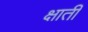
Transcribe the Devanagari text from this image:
क्षाती